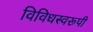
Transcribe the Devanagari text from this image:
विविधस्वरूपी